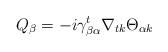
LaTeX: \begin{align*}Q_\beta = -i\gamma^t_{\beta\alpha}\nabla_{tk}\Theta_{\alpha k}\end{align*}